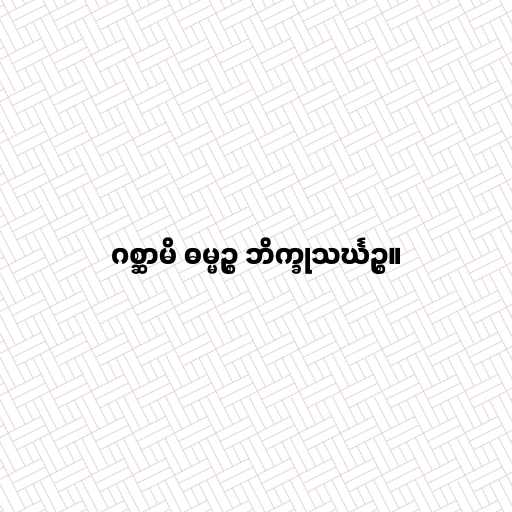
ဂစ္ဆာမိ ဓမ္မဉ္စ ဘိက္ခုသင်္ဃဉ္စ။